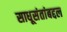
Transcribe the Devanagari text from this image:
साधूसंतांबद्दल